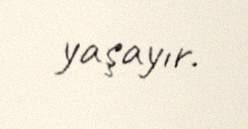
yaşayır.